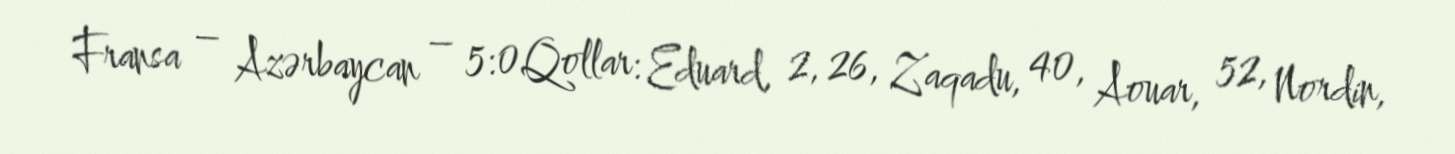
Fransa – Azərbaycan – 5:0Qollar: Eduard, 2, 26, Zaqadu, 40, Aouar, 52, Nordin,